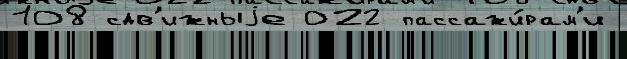
108 сдв'ижныjе 022 пассажи́рам'и